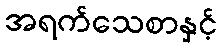
အရက်သေစာနှင့်